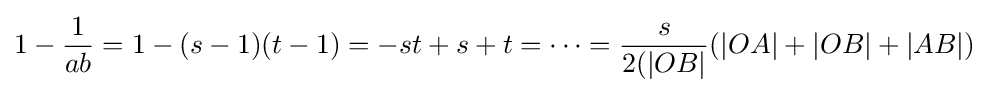
1-{\frac {1}{ab}}=1-(s-1)(t-1)=-st+s+t=\cdots ={\frac {s}{2(|OB|}}(|OA|+|OB|+|AB|)\;